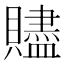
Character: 贐